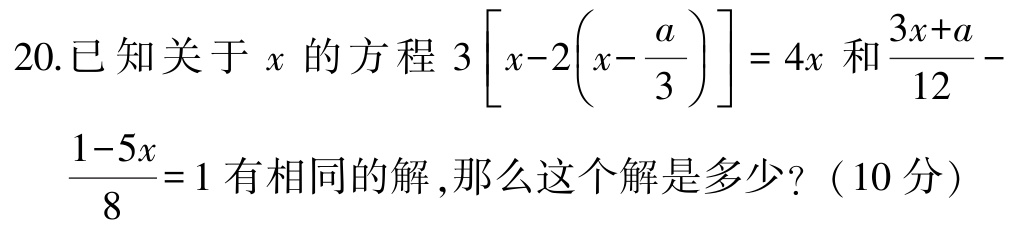
20.已知关于\(x\)的方程\(3\left[x - 2\left(x - \frac{a}{3}\right)\right]= 4x\)和\(\frac{3x + a}{12}-\frac{1 - 5x}{8}= 1\)有相同的解,那么这个解是多少?（10分）